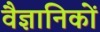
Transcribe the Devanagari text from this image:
वैज्ञानिकों